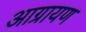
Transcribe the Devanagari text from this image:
आग्रायण